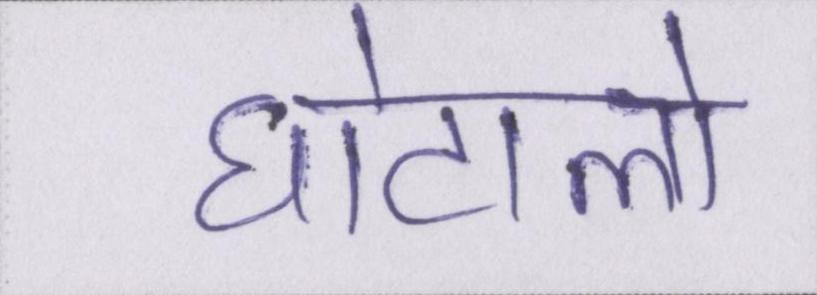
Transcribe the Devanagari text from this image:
घोटालो